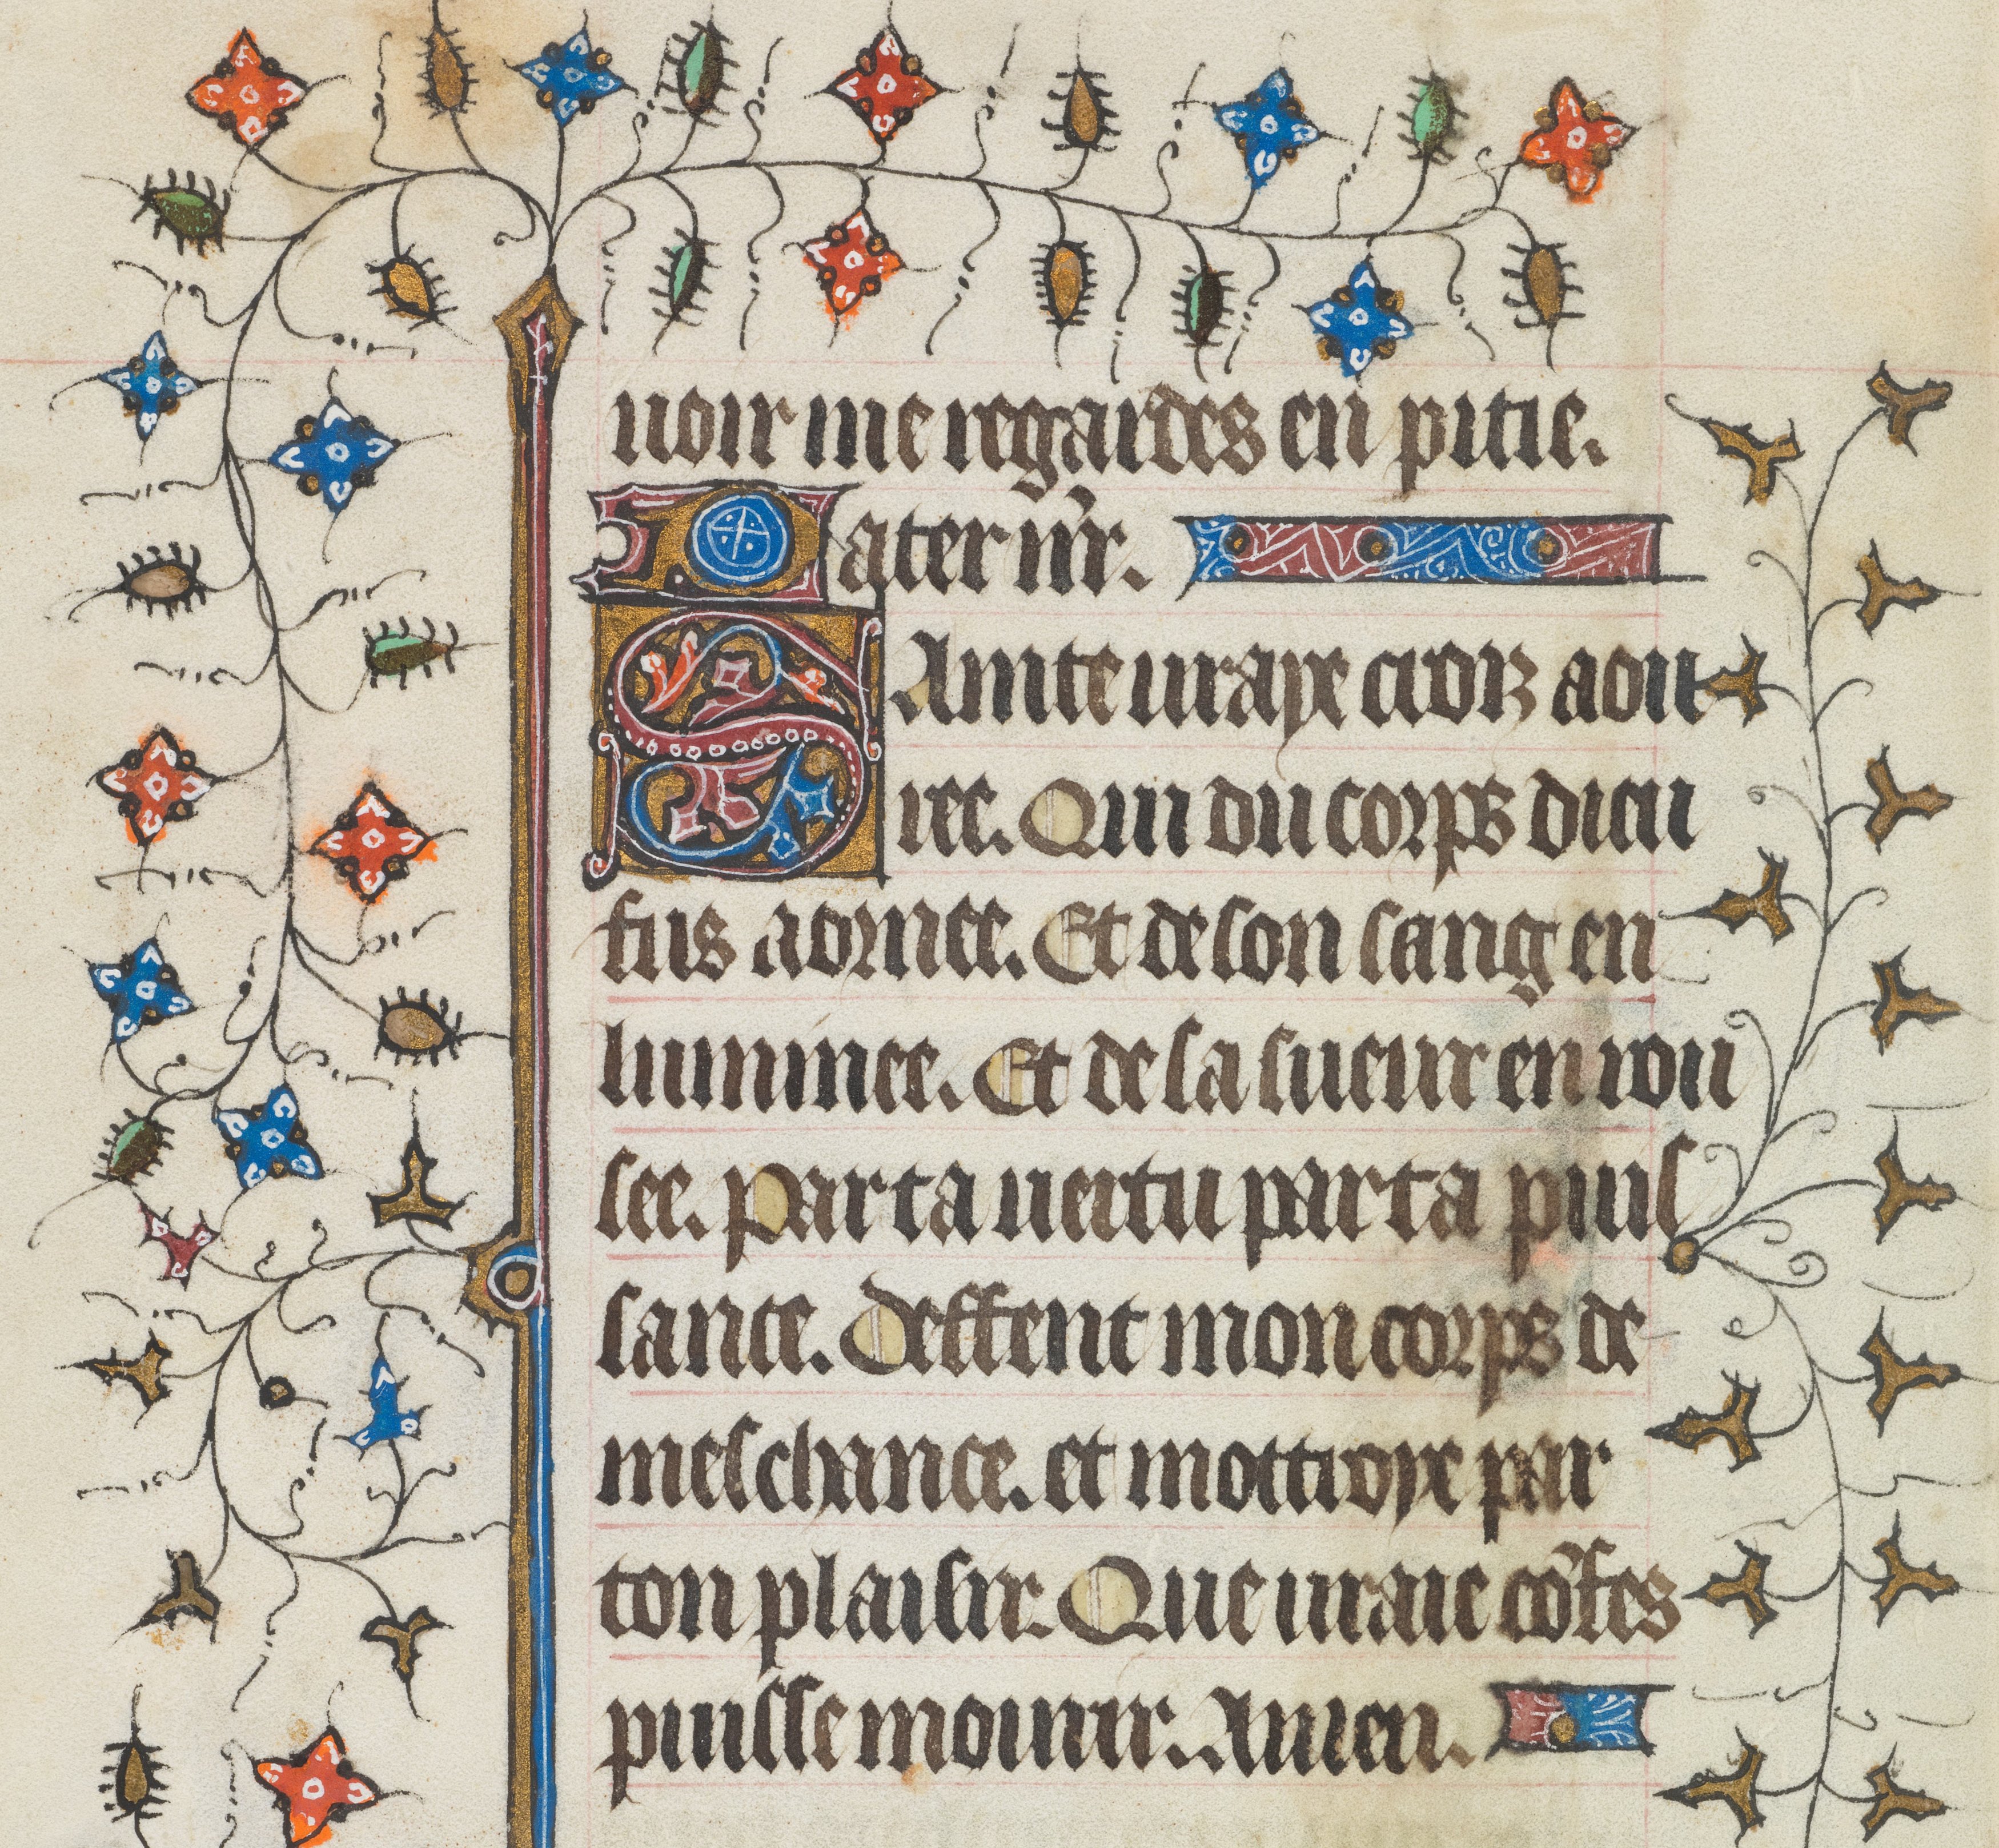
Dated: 1421–1421